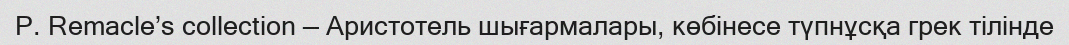
P. Remacle’s collection — Аристотель шығармалары, көбінесе түпнұсқа грек тілінде